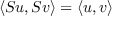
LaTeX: \langle S u , S v \rangle = \langle u , v \rangle